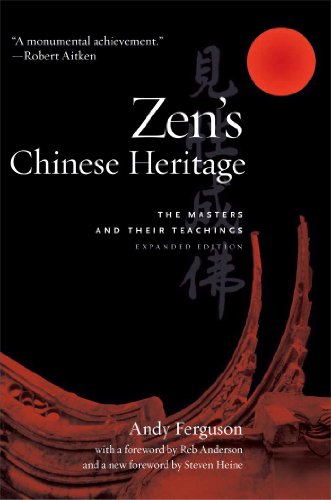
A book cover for Zen's Chinese Heritage: The Masters and Their Teachings; Andy Ferguson; Religion & Spirituality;